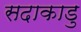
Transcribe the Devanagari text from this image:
सदाकाडु